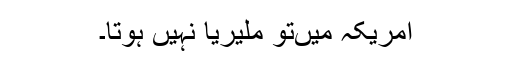
امریکہ میں‌تو ملیریا نہیں ہوتا۔